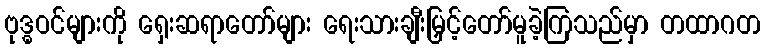
ဗုဒ္ဓဝင်များကို ရှေးဆရာတော်များ ရေးသားချီးမြှင့်တော်မူခဲ့ကြသည်မှာ တထာဂတ